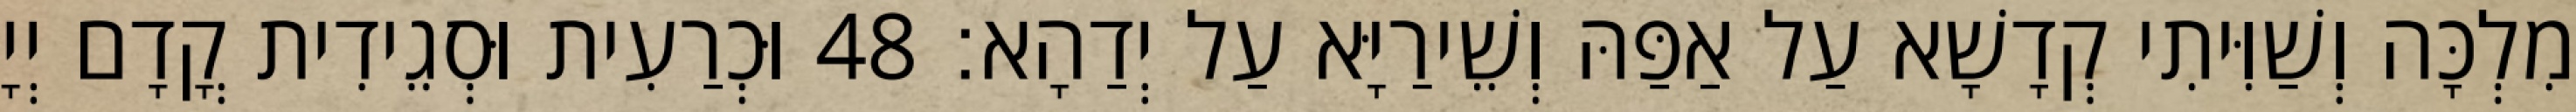
מִלְכָּה וְשַׁוִּיתִי קְדָשָׁא עַל אַפַּהּ וְשֵׁירַיָּא עַל יְדַהָא׃ 48 וּכְרַעִית וּסְגֵידִית קֳדָם יְיָ